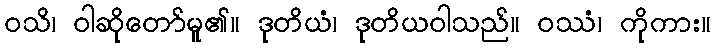
ဝသိ၊ ဝါဆိုတော်မူ၏။ ဒုတိယံ၊ ဒုတိယဝါသည်။ ဝဿံ၊ ကိုကား။